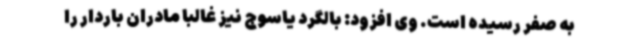
به صفر رسیده است. وی افزود: بالگرد یاسوج نیز غالبا مادران باردار را